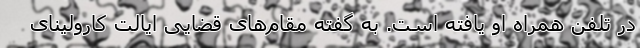
در تلفن همراه او یافته است. به گفته مقام‌های قضایی ایالت کارولینای